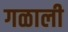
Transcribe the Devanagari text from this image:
गळाली